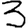
Digit: 3